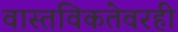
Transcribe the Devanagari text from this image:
वास्तविकतेवरही